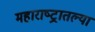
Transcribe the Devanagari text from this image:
महाराष्‍ट्रातल्या